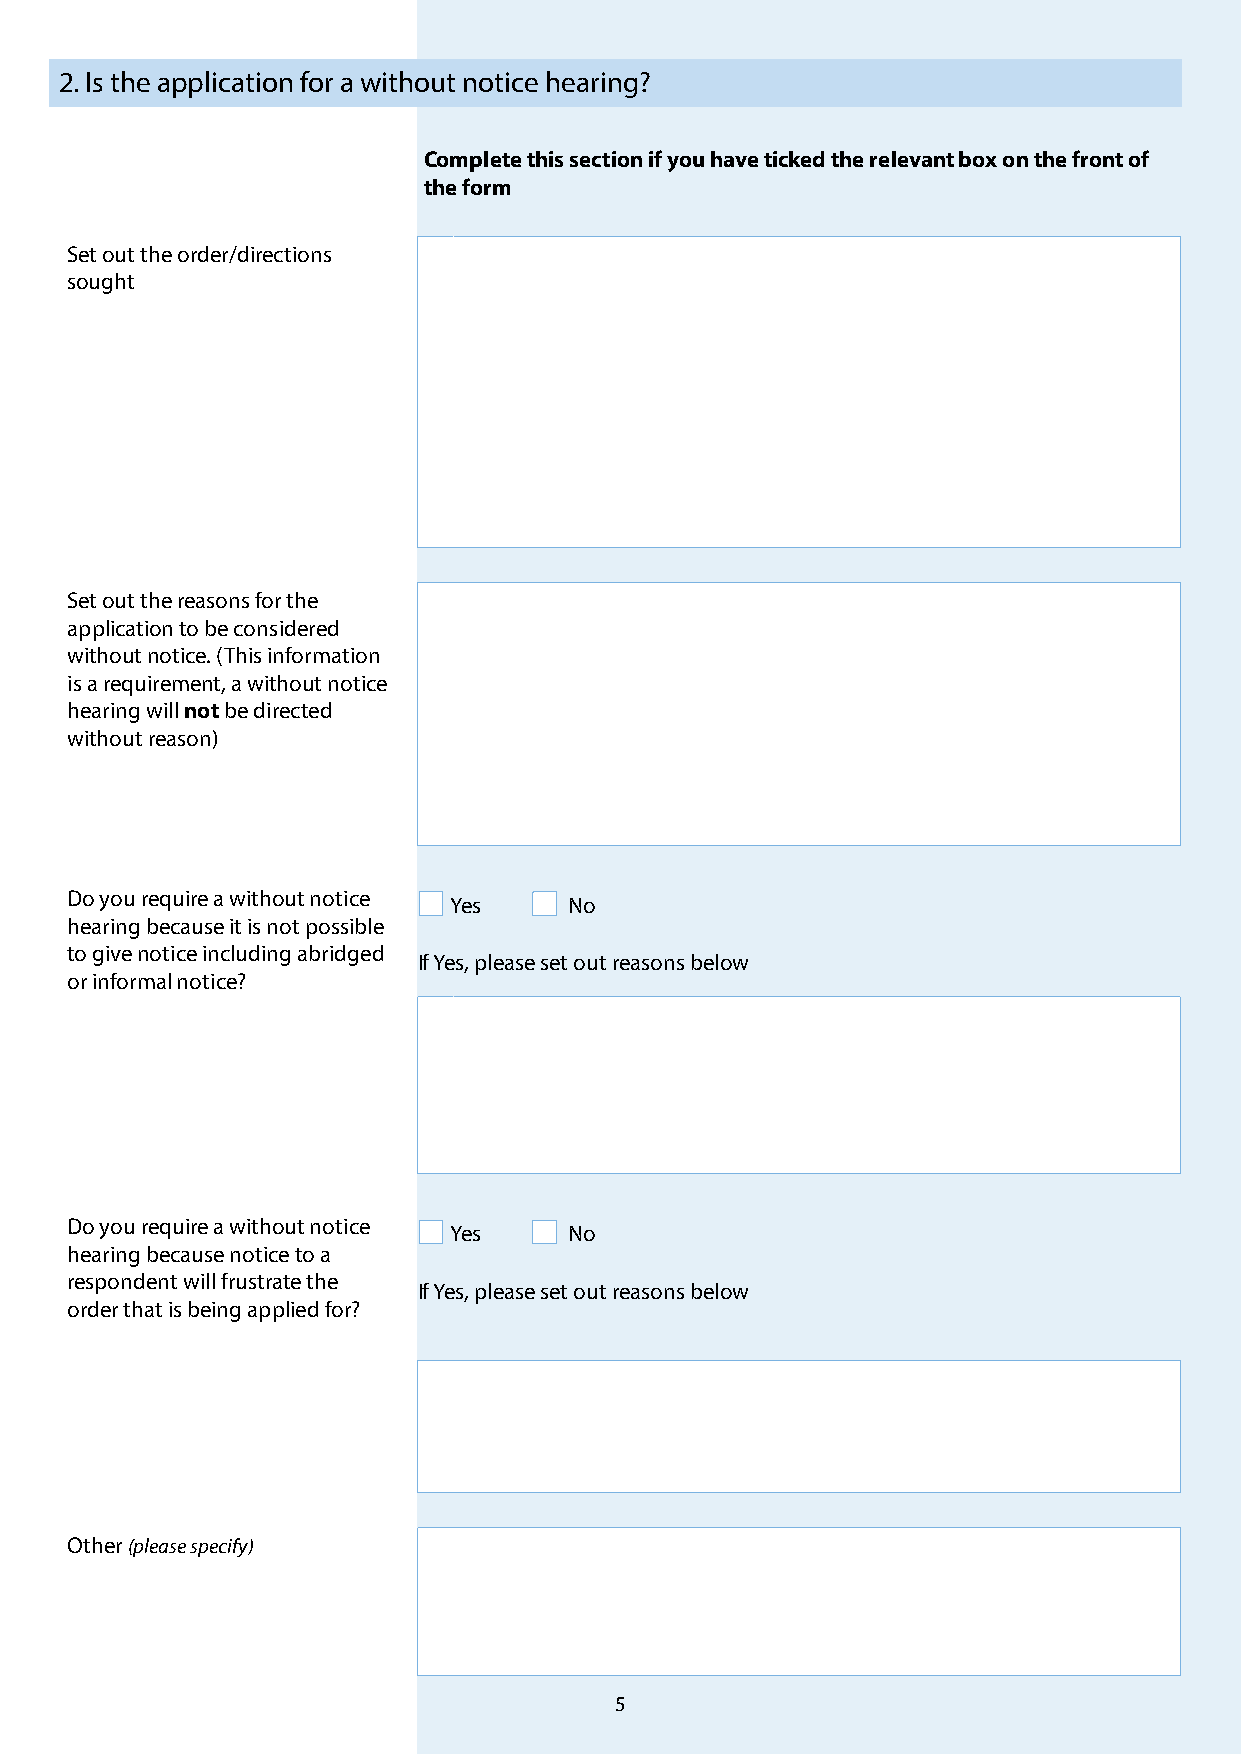
2. Is the application for a without notice hearing?
 Complete this section if you have ticked the relevant box on the front of
 the form
 Set out the order/directions
 sought
 Set out the reasons for the
 application to be considered
 without notice. (This information
 is a requirement, a without notice
 hearing will not be directed
 without reason)
 Do you require a without notice
 Yes     No
 hearing because it is not possible
 to give notice including abridged
 If Yes, please set out reasons below
 or informal notice?
 Do you require a without notice
 Yes     No
 hearing because notice to a
 respondent will frustrate the
 If Yes, please set out reasons below
 order that is being applied for?
 Other (please specify)
 5